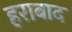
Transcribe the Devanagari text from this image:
हराबाद